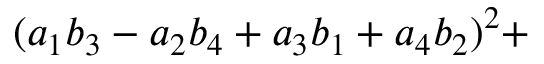
( a _ { 1 } b _ { 3 } - a _ { 2 } b _ { 4 } + a _ { 3 } b _ { 1 } + a _ { 4 } b _ { 2 } ) ^ { 2 } +